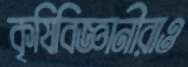
কৃষিবিজ্ঞানীরাও